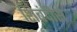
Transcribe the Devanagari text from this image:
शिबंदीस